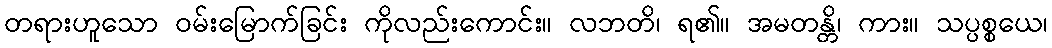
တရားဟူသော ဝမ်းမြောက်ခြင်း ကိုလည်းကောင်း။ လဘတိ၊ ရ၏။ အမတန္တိ၊ ကား။ သပ္ပစ္စယေ၊